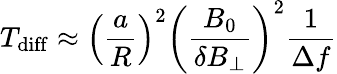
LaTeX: T_{\mathrm{diff}}\approx\left(\frac{a}{R}\right)^{2}\left(\frac{B_{0}}{\delta B_{\perp}}\right)^{2}\frac{1}{\Delta f}